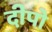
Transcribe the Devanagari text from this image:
दीपो